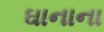
ઘાનાના